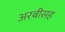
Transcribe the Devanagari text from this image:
अरबीसह